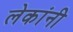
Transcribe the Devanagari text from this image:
लेकांनी